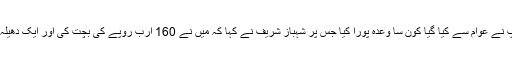
چیف جسٹس نے استفسار کیا کہ آپ نے عوام سے کیا گیا کون سا وعدہ پورا کیا جس پر شہباز شریف نے کہا کہ میں نے 160 ارب روپے کی بچت کی اور ایک دھیلہ بھی کم ہو تو جو مرضی سزا دیں۔